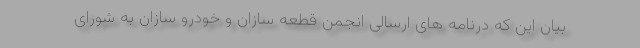
بیان این که درنامه های ارسالی انجمن قطعه سازان و خودرو سازان به شورای